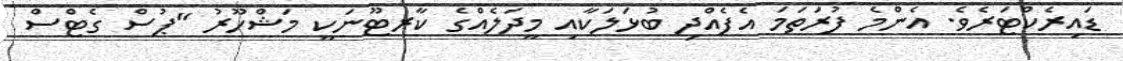
ޑައިރެކްޓަރެވެ. އެންމެ ފުރަތަމަ އެފެއްދި ބުޅަލަކާއި މީދަލެއްގެ ކާރޓޫނަކީ މަޝްހޫރު "ޕުސް ގެޓްސް